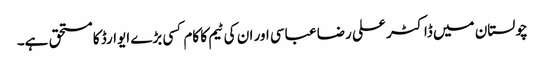
چولستان میں ڈاکٹر علی رضا عباسی اور ان کی ٹیم کا کام کسی بڑے ایوارڈ کا مستحق ہے۔